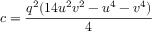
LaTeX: c = { \frac { q ^ { 2 } ( 1 4 u ^ { 2 } v ^ { 2 } - u ^ { 4 } - v ^ { 4 } ) } { 4 } }